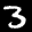
Label: 3